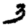
Digit: 3